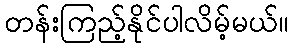
တန်းကြည့်နိုင်ပါလိမ့်မယ်။